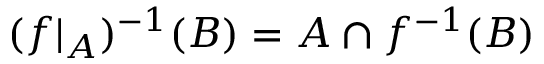
( f \vert _ { A } ) ^ { - 1 } ( B ) = A \cap f ^ { - 1 } ( B )